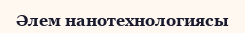
Әлем нанотехнологиясы